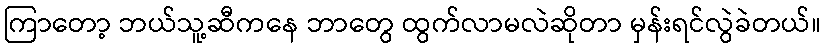
ကြာတော့ ဘယ်သူ့ဆီကနေ ဘာတွေ ထွက်လာမလဲဆိုတာ မှန်းရင်လွဲခဲတယ်။